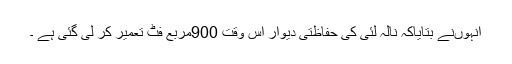
انہوںنے بتایاکہ نالہ لئی کی حفاظتی دیوار اس وقت 900مربع فٹ تعمیر کر لی گئی ہے ۔